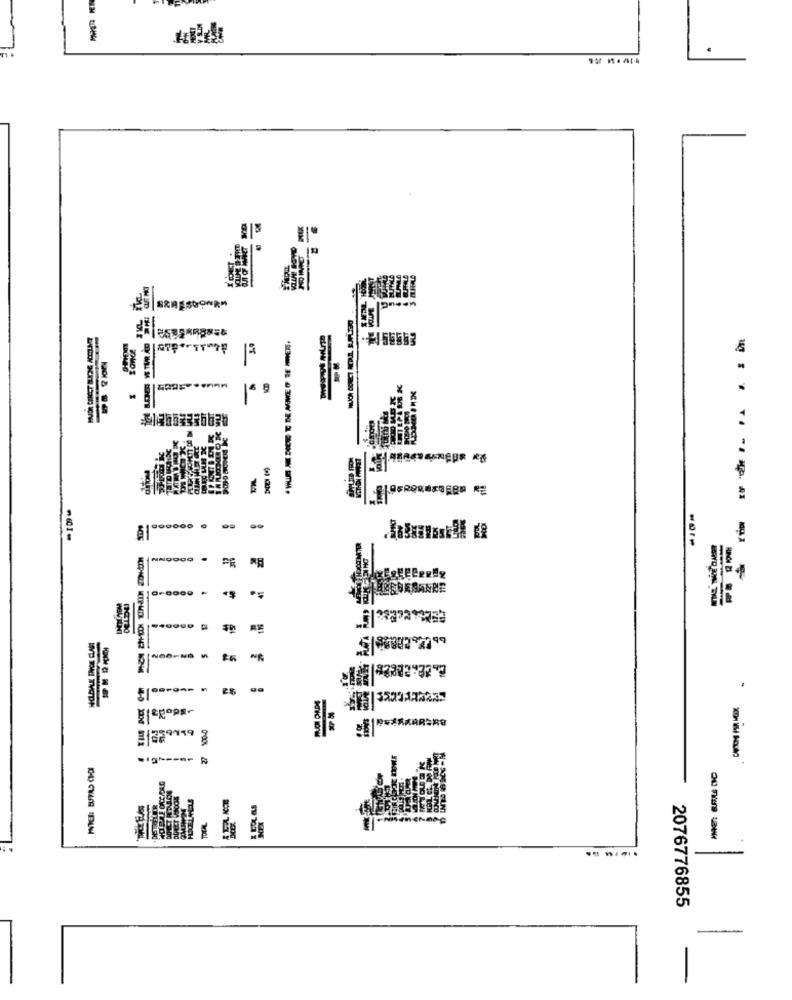
RRESOONRM
-
.
NR
PRÅKARERG
6'LS
2076776855
-